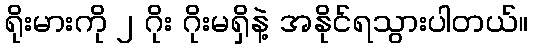
ရိုးမားကို ၂ ဂိုး ဂိုးမရှိနဲ့ အနိုင်ရသွားပါတယ်။